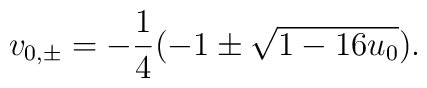
v_{0,\pm}=-\frac{1}{4}(-1\pm\sqrt{1-16 u_0}).